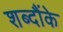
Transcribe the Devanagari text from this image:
शब्दौंके